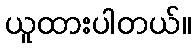
ယူထားပါတယ်။